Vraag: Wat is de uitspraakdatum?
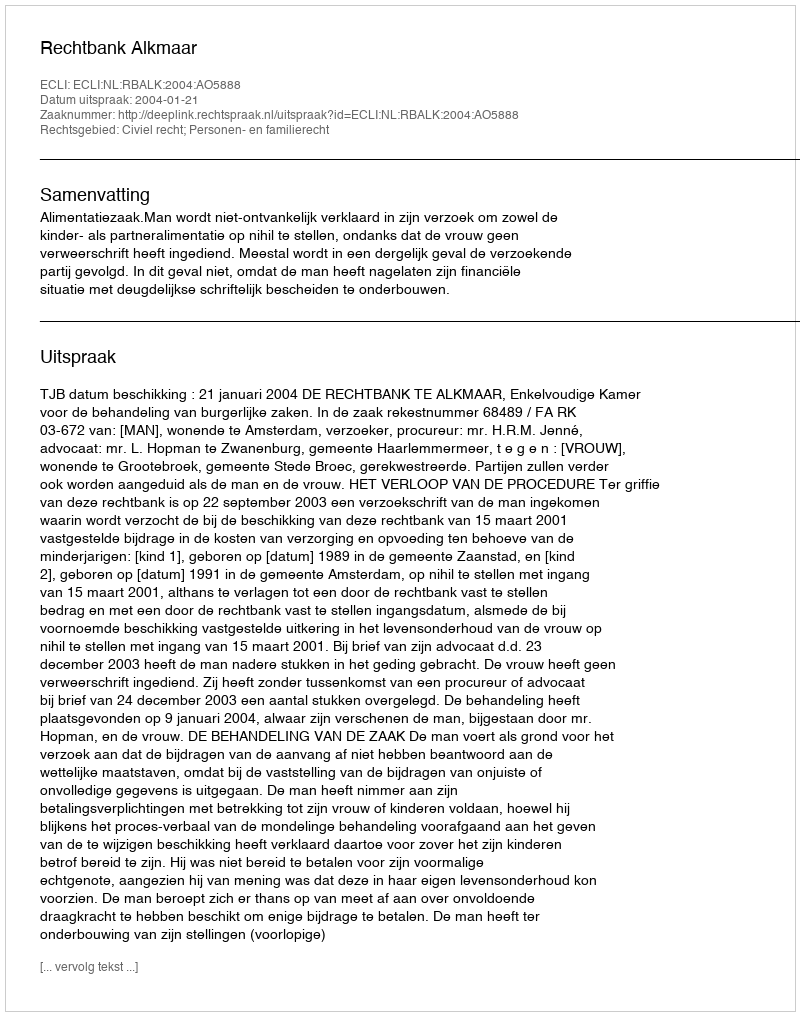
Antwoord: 2004-01-21